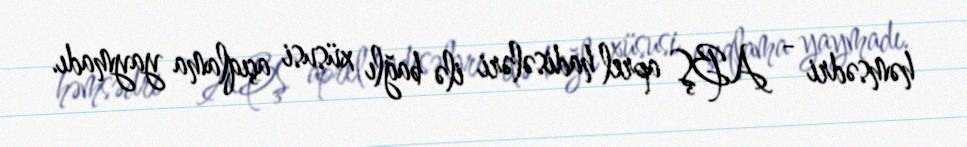
həmsədri - ABŞ aprel hadisələri ilə bağlı xüsusi açıqlama yaymadı.